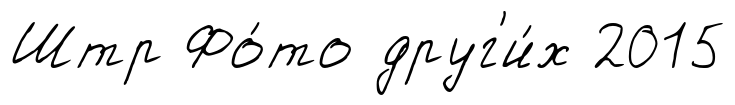
Штр Фо́то друг'и́х 2015